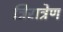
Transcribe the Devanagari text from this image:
त्रिरात्रेण